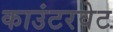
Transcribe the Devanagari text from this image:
काउंटरवेट